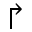
\Rsh